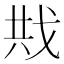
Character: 𪭍